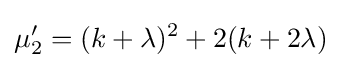
\mu '_{2}=(k+\lambda )^{2}+2(k+2\lambda )